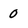
Character: 0